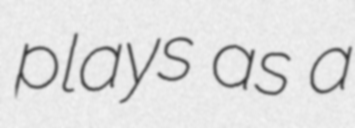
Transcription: plays as a